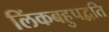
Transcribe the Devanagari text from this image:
लिंकबहुपद्वति